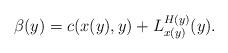
LaTeX: \begin{align*}\beta (y) = c(x(y) , y) + L_{x(y)}^{H(y)} (y).\end{align*}